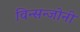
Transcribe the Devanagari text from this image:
विन्सन्जोनी